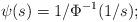
LaTeX: \begin{align*}\psi(s) = 1/\Phi^{-1}(1/s);\end{align*}